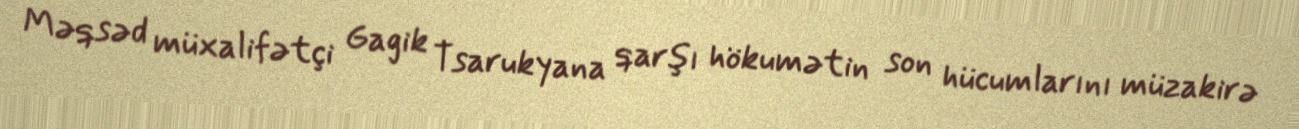
Məqsəd müxalifətçi Gagik Tsarukyana qarşı hökumətin son hücumlarını müzakirə